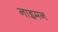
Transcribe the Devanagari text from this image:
नाइमन